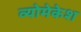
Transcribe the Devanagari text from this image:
व्योमेकेश